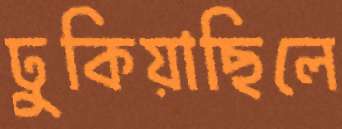
ঢুকিয়াছিলে